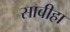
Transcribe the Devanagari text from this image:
साबीहा